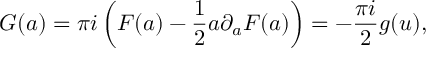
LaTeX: { \cal G } ( a ) = \pi i \left( { \cal F } ( a ) - { \frac { 1 } { 2 } } a \partial _ { a } { \cal F } ( a ) \right) = - { \frac { \pi i } { 2 } } g ( u ) ,